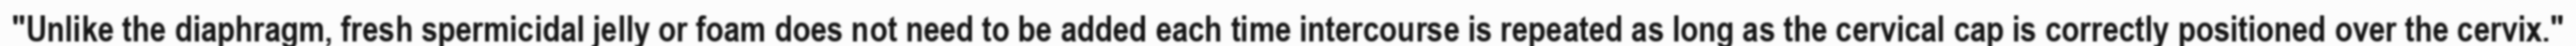
"Unlike the diaphragm, fresh spermicidal jelly or foam does not need to be added each time intercourse is repeated as long as the cervical cap is correctly positioned over the cervix."